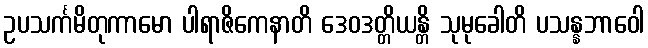
ဥပသင်္ကမိတုကာမော ပါရာဇိကေနာတိ ဒေဝဒတ္တိယန္တိ သုမုခေါတိ ပသန္နဘာဝေါ